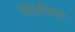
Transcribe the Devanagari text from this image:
लिलीकास